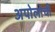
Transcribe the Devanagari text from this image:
अपोलोची